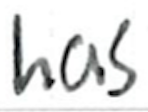
Text: has
Cross-out: clean
Writing tool: ballpoint